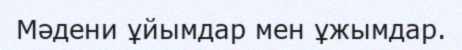
Мәдени ұйымдар мен ұжымдар.